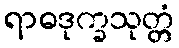
ရာဓဒုက္ခသုတ္တံ